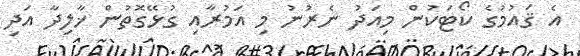
އެ ޤައުމުގެ ކޯޓަކުން މިއަދު ނެރުނު މި އަމުރާއި ގުޅޭގޮތުން ޚާލިދާ އަދި